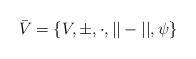
LaTeX: \begin{align*} \bar{V}=\{V,\pm,\cdot, ||-|| ,\psi\}\end{align*}